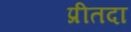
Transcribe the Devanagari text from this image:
प्रीतदा